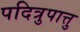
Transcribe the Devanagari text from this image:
पदित्रुपात्तु